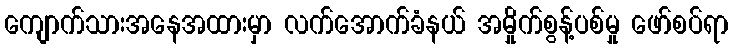
ကျောက်သားအနေအထားမှာ လက်အောက်ခံနယ် အမှိုက်စွန့်ပစ်မှု ဖော်စပ်ရာ